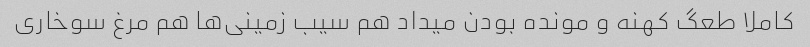
کاملا طعگ کهنه و مونده بودن میداد هم سیب زمینی‌ها هم مرغ سوخاری